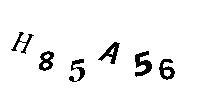
H85A56